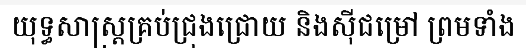
យុទ្ធសាស្ត្រគ្រប់ជ្រុងជ្រោយ និងស៊ីជម្រៅ ព្រមទាំង